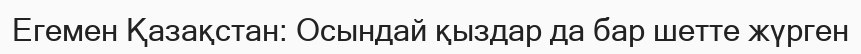
Егемен Қазақстан: Осындай қыздар да бар шетте жүрген